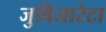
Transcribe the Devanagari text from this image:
जुबिजारेटा